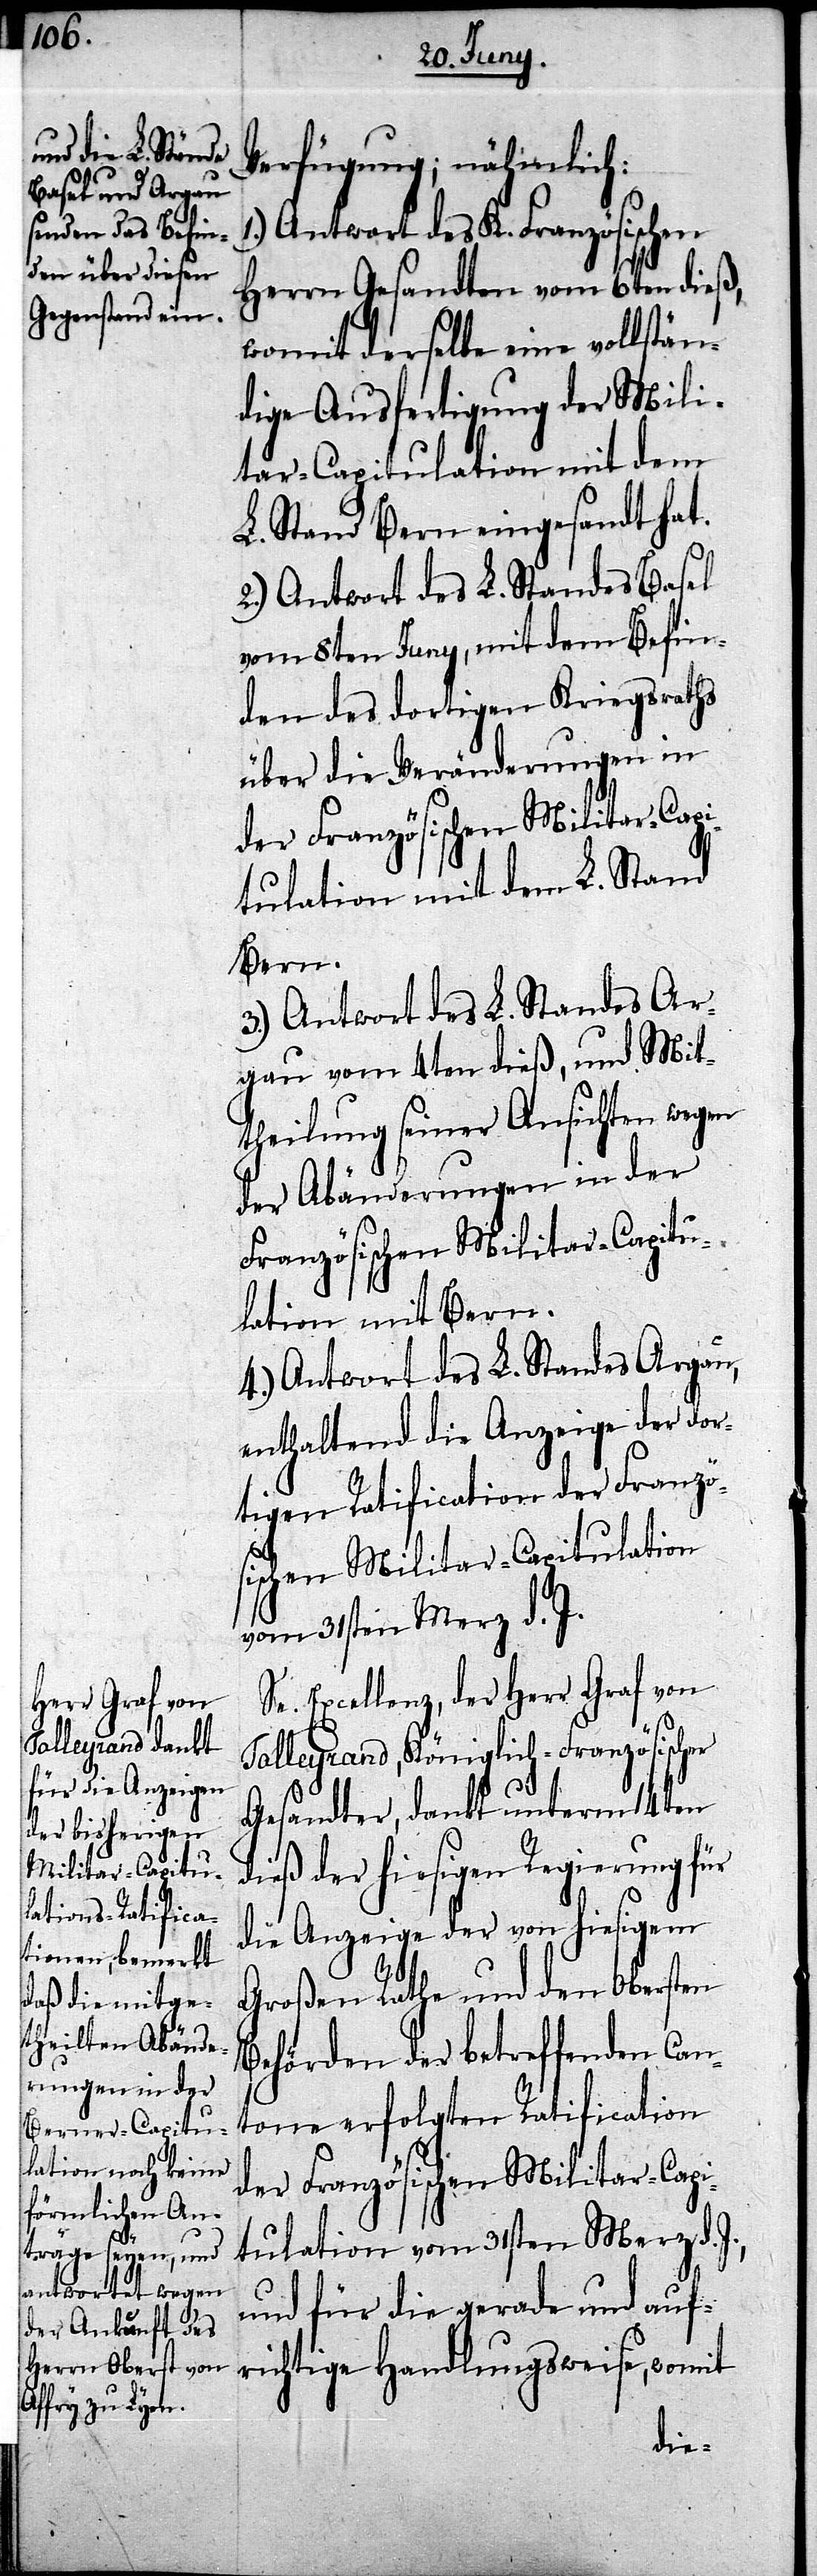
Verfügung; nähmlich:
Antwort des K. Französischen
Herrn Gesandten vom 6ten dieß,
womit derselbe eine vollstän¬
dige Ausfertigung der Mili¬
tar-Capitulation mit dem
L. Stand Bern eingesandt hat.
2.) Antwort des L. Standes Basel
vom 8ten Juny, mit dem Befin¬
den des dortigen Kriegsraths
über die Veränderungen in
der Französischen Militar-Capi¬
tulation mit dem L. Stand
Bern.
3.) Antwort des L. Standes Ar¬
gau vom 4ten dieß, und Mit¬
theilung seiner Ansichten wegen
der Abänderungen in der
Französischen Militar-Capitu¬
lation mit Bern.
4.) Antwort des L. Standes Argau,
enthaltend die Anzeige der dor¬
tigen Ratification der Franzö¬
sischen Militar-Capitulation
vom 31sten Merz d. J.
Se. Excellenz, der Herr Graf von
Talleyrand, Königlich-Französischer
Gesandter, dankt unterm 14ten
dieß der hiesigen Regierung für
die Anzeige der von hiesigem
Großen Rathe und den Obersten
Behörden der betreffenden Can¬
tone erfolgten Ratification
der Französischen Militar-Capi¬
tulation vom 31sten Merz d.
und für die gerade und auf¬
richtige Handlungsweise, womit